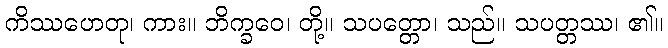
ကိဿဟေတု၊ ကား။ ဘိက္ခဝေ၊ တို့။ သပတ္တော၊ သည်။ သပတ္တဿ၊ ၏။